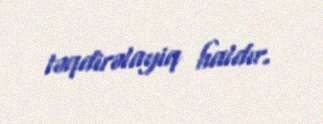
təqdirəlayiq haldır.